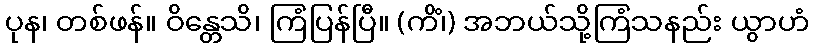
ပုန၊ တစ်ဖန်။ ဝိန္တေသိ၊ ကြံပြန်ပြီ။ (ကိံ၊) အဘယ်သို့ကြံသနည်း ယွာဟံ